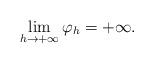
LaTeX: \begin{align*}\lim_{h\to +\infty}\varphi_{h}=+\infty.\end{align*}